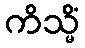
ကိသ္မိံ